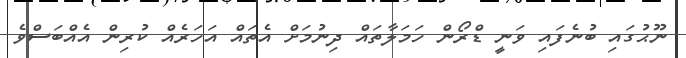
ނޫޙުގައި ބުނެފައި ވަނީ ޑްރޯން ހަމަލާތައް ދިނުމަށް އެތައް އަހަރެއް ކުރިން އެއްބަސްވެ